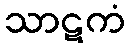
သာဋကံ